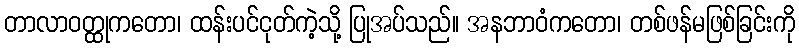
တာလာဝတ္ထုကတော၊ ထန်းပင်ငုတ်ကဲ့သို့ ပြုအပ်သည်။ အနဘာဝံကတော၊ တစ်ဖန်မဖြစ်ခြင်းကို